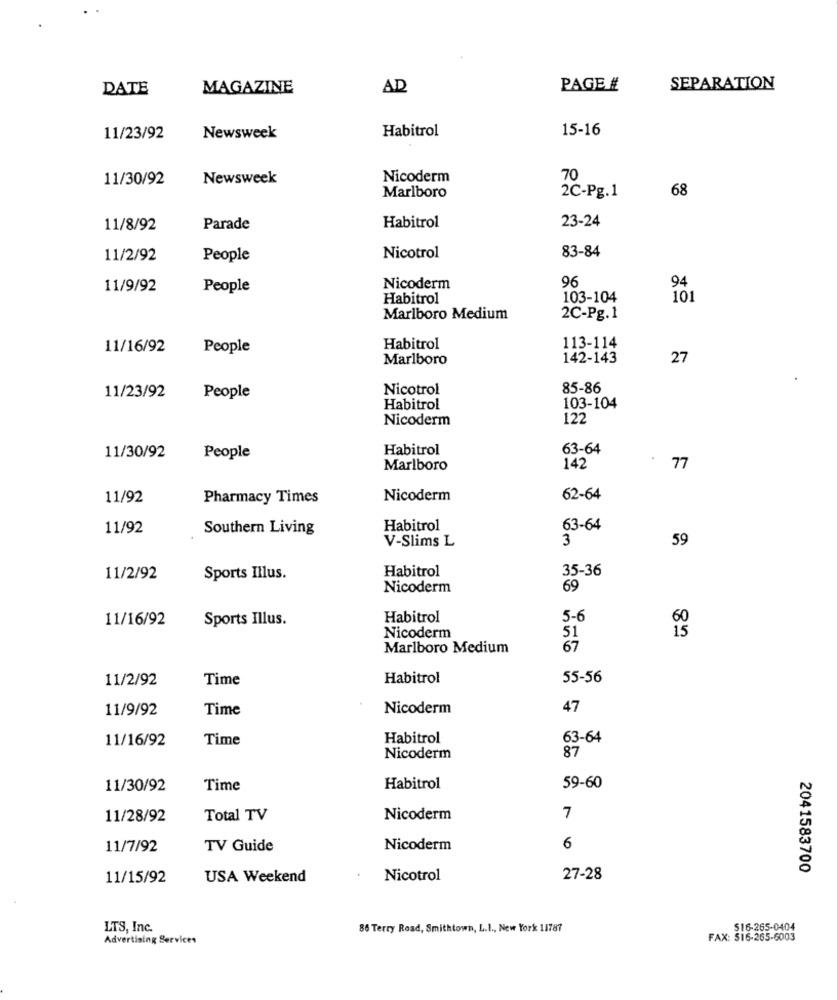
DATE
MAGAZINE
AD
PAGE #
SEPARATION
Habitrol
15-16
11/23/92
Newsweek
11/30/92
Newsweek
Nicoderm
70
68
Marlboro
2C-Pg.1
23-24
11/8/92
Parade
Habitrol
83-84
11/2/92
People
Nicotrol
96
94
11/9/92
People
Nicoderm
Habitrol
103-104
101
Marlboro Medium
2C-Pg.1
11/16/92
People
Habitrol
113-114
Marlboro
142-143
27
Nicotrol
85-86
11/23/92
People
Habitrol
103-104
Nicoderm
122
Habitrol
63-64
11/30/92
People
Marlboro
142
77
11/92
Pharmacy Times
Nicoderm
62-64
11/92
Southern Living
Habitrol
63-64
V-Slims L
3
59
Habitrol
11/2/92
Sports Illus.
35-36
Nicoderm
69
11/16/92
Sports Illus.
Habitrol
5-6
15
Nicoderm
51
Marlboro Medium
67
11/2/92
Time
Habitrol
55-56
11/9/92
Time
Nicoderm
47
11/16/92
Time
Habitrol
63-64
87
Nicoderm
11/30/92
Time
Habitrol
59-60
11/28/92
Total TV
Nicoderm
7
11/7/92
TV Guide
Nicoderm
6
2041583700
11/15/92
USA Weekend
Nicotrol
27-28
LTS, Inc.
86 Terry Road, Smithtown, L.I ., New York 11787
516-265-0404
Advertising Services
FAX: 516-265-6003